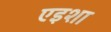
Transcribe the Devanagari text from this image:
एइशा